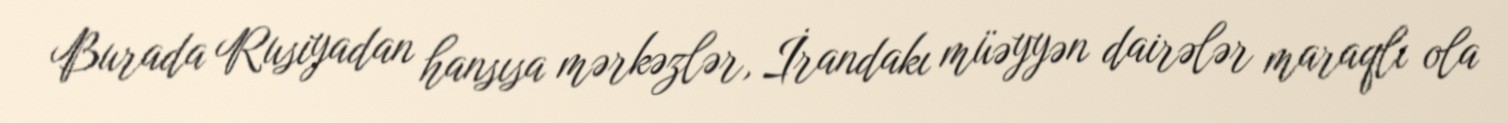
Burada Rusiyadan hansısa mərkəzlər, İrandakı müəyyən dairələr maraqlı ola